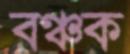
বঞ্চক